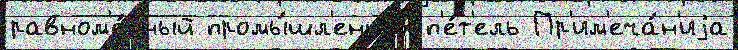
равном'е́рный промы́шл'енных п'е́т'ель Пр'им'еча́н'иjа